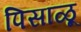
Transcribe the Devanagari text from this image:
पिसाळू